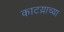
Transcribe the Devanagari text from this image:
काटय़ाच्या